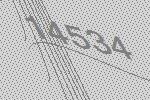
14534